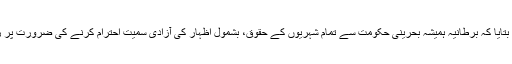
انہوں نے مزید بتایا کہ برطانیہ ہمیشہ بحرینی حکومت سے تمام شہریوں کے حقوق، بشمول اظہار کی آزادی سمیت احترام کرنے کی ضرورت پر زور دیتاآیا ہے۔